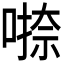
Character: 𭊁